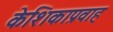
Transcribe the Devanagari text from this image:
केशिकाप्रवाह